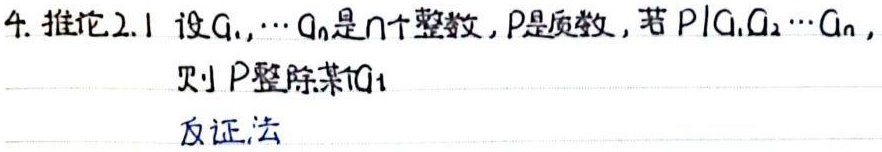
4. 推论2.1 设\(a_{1},\cdots,a_{n}\)是\(n\)个整数，\(p\)是质数，若\(p\mid a_{1}a_{2}\cdots a_{n}\)，则\(p\)整除某个\(a_{i}\)。（反证法）